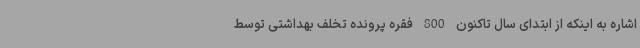
اشاره به اینکه از ابتدای سال تاکنون 800 فقره پرونده تخلف بهداشتی توسط